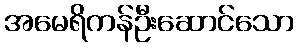
အမေရိကန်ဦးဆောင်သော